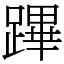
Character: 蹕